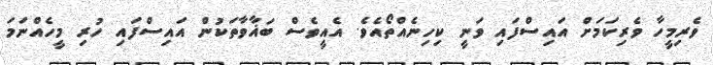
ވެރިމީހާ ވެރިކަމަށް އައިސްފައި ވަނީ ކިހިނެއްތޯއެވެ. އެއީވެސް ބަޣާވާތަކުން އައިސްފައި ހުރި މީހެއްނަމަ